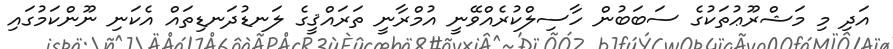
އަދި މި މަޝްރޫޢުތަކުގެ ސަބަބުން ހާސިލްކުރެއްވޭނީ އުމްރާނީ ތަރައްޤީގެ ލަނޑުދަނޑިތައް އެކަނި ނޫންކަމުގައި